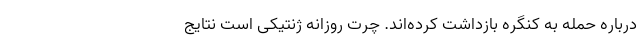
درباره حمله به کنگره بازداشت کرده‌اند. چرت روزانه ژنتیکی است نتایج